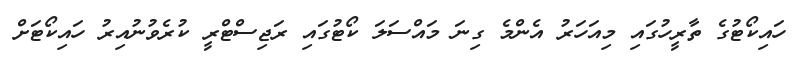
ހައިކޯޓުގެ ތާރީހުގައި މިއަަހަރު އެންމެ ގިނަ މައްސަލަ ކޯޓުގައި ރަޖިސްޓްރީ ކުރެވުނުއިރު ހައިކޯޓަށް